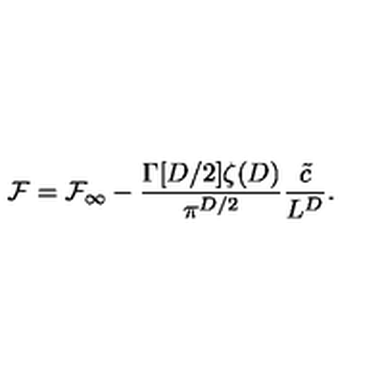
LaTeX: { \cal F } = { \cal F } _ { \infty } - \frac { \Gamma [ D / 2 ] \zeta ( D ) } { \pi ^ { D / 2 } } \frac { \tilde { c } } { L ^ { D } } .